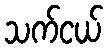
သက်ငယ်